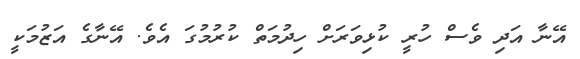
އޭނާ އަދި ވެސް ހުރީ ކުޅިވަރަށް ހިދުމަތް ކުރުމުގަ އެވެ. އޭނާގެ އަޒުމަކީ